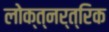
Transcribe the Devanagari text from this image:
लोक्त्नर्त्रिक